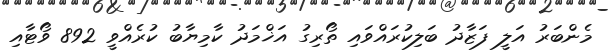
މެންބަރު އަލީ ފަޒާދު ބަލިކުރައްވައި ތޯރިގު އަޚްމަދު ކާމިޔާބު ކުރެއްވީ 892 ވޯޓާއި